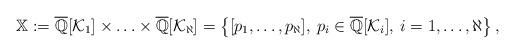
LaTeX: \begin{align*}\mathbb{X}: = \overline{\mathbb{Q}}[\mathcal{K}_1]\times\ldots\times\overline{\mathbb{Q}}[\mathcal{K}_\aleph]= \left\{[p_1,\ldots,p_\aleph],\:p_i\in\overline{\mathbb{Q}}[\mathcal{K}_i],\:i=1,\ldots,\aleph\right\},\end{align*}